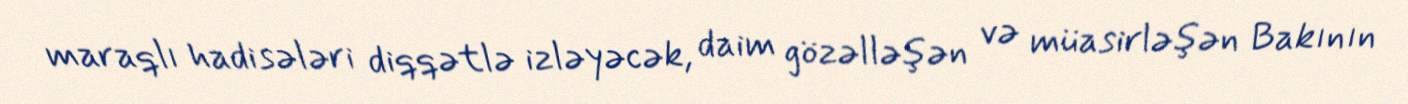
maraqlı hadisələri diqqətlə izləyəcək, daim gözəlləşən və müasirləşən Bakının